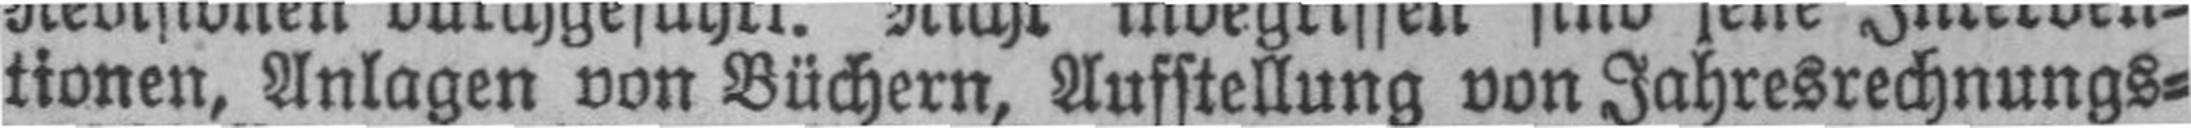
tionen, Anlagen von Büchern, Aufstellung von Jahresrechnungs¬